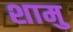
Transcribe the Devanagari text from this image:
शामु